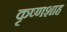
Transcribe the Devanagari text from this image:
कृष्णशाह